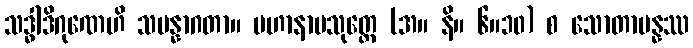
သဒ္ဓါဒိဂုဏေဟိ သမန္နာဂတာ။ မဟာနာမသုတ္တေ (အ။ နိ။ ၆။၁၀) စ သောတာပန္နဿ